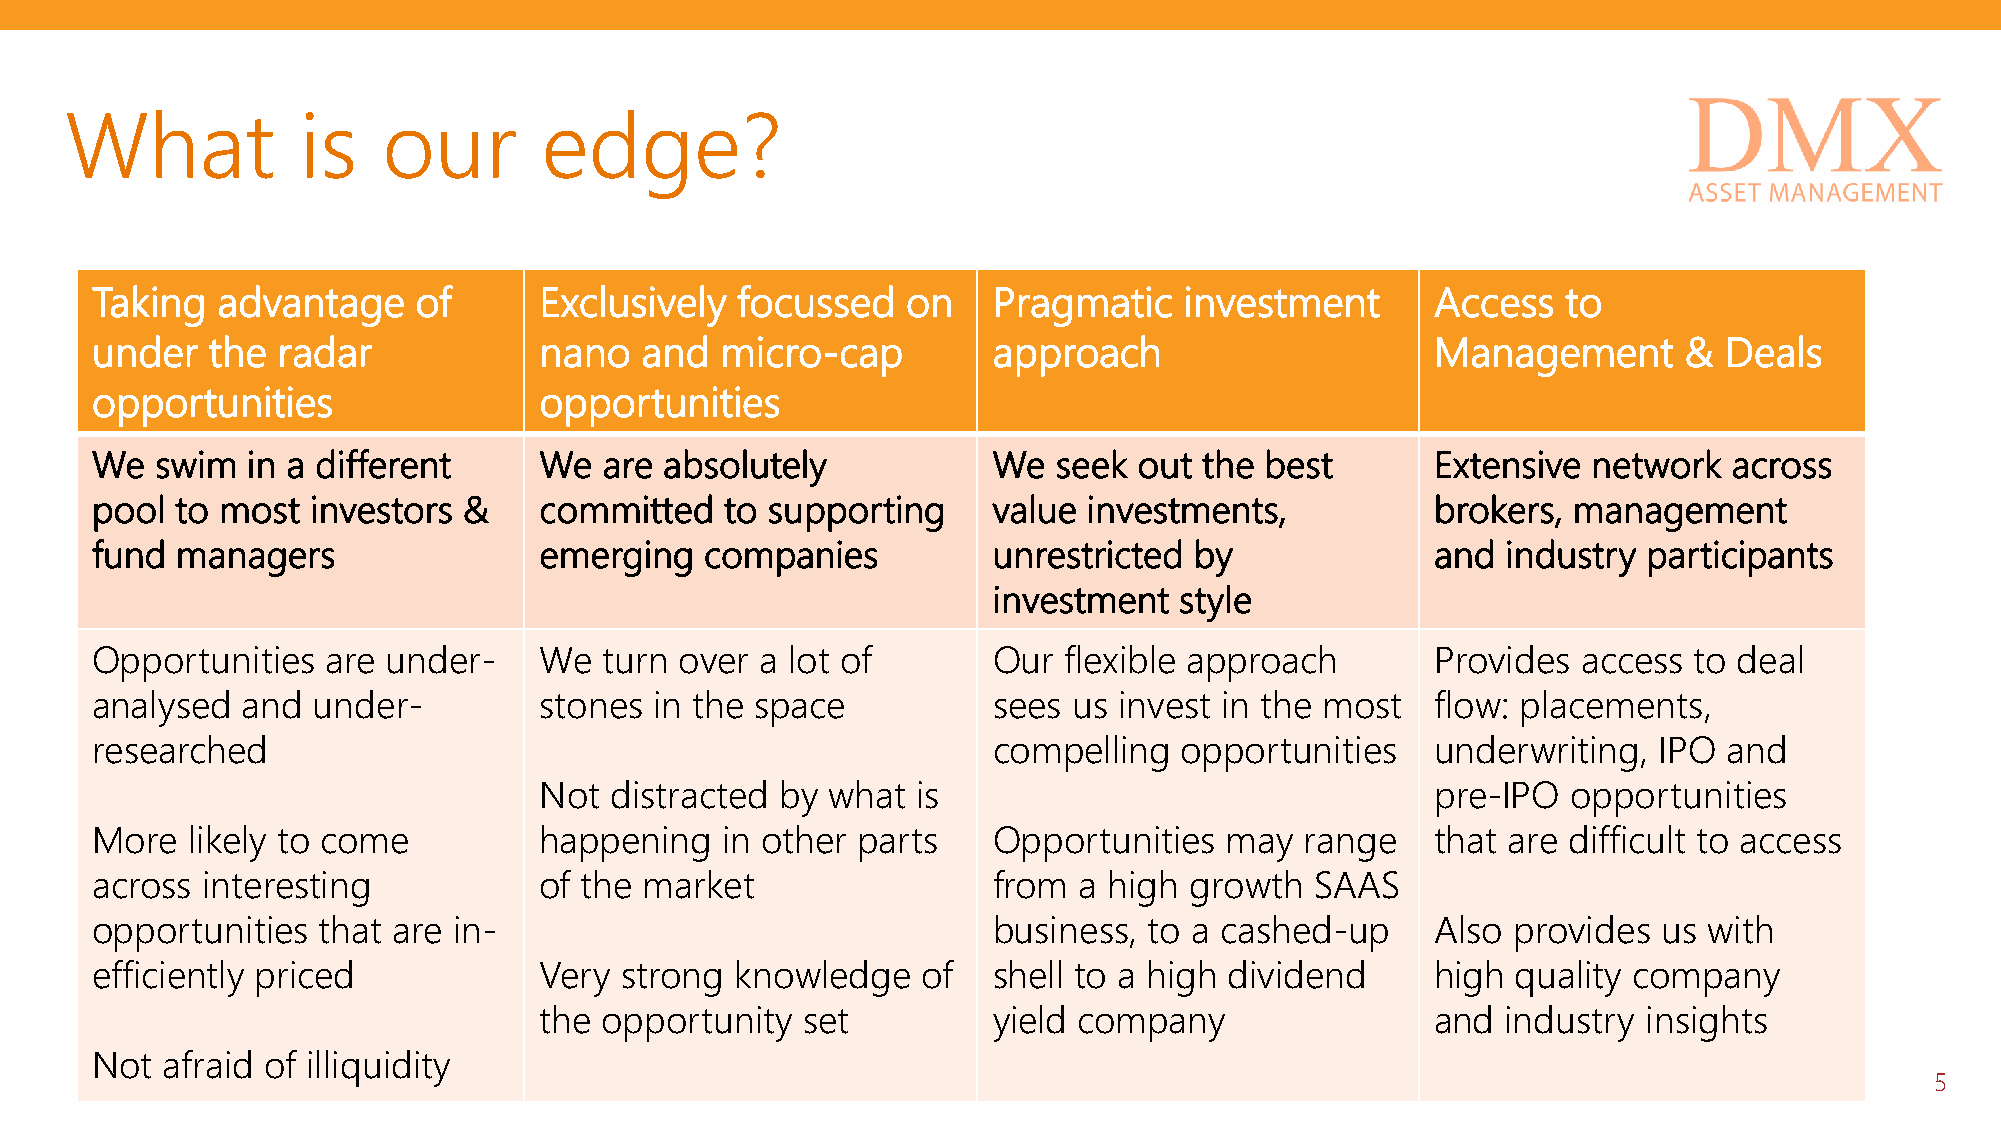
What            is   our        edge?
 Taking  advantage    of       Exclusively  focussed   on    Pragmatic   investment       Access   to
 under   the radar             nano  and   micro-cap         approach                     Management      &  Deals
 opportunities                 opportunities
 We  swim  in a different      We  are absolutely            We  seek out  the best       Extensive network   across
 pool  to most  investors &    committed   to supporting     value investments,           brokers, management
 fund  managers                emerging   companies          unrestricted by              and  industry participants
 investment  style
 Opportunities   are under-    We  turn over a lot of        Our flexible approach        Provides  access to deal
 analysed  and  under-         stones in the space           sees us invest in the most   flow: placements,
 researched                                                  compelling  opportunities    underwriting,  IPO and
 Not distracted  by what  is                                pre-IPO  opportunities
 More  likely to come          happening   in other parts    Opportunities  may  range    that are difficult to access
 across interesting            of the market                 from a high  growth  SAAS
 opportunities  that are in-                                 business, to a cashed-up     Also provides  us with
 efficiently priced            Very strong  knowledge   of   shell to a high dividend     high quality company
 the opportunity  set          yield company                and  industry insights
 Not  afraid of illiquidity
 5